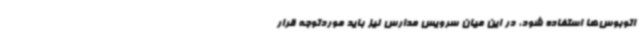
اتوبوس‌ها استفاده شود، در این میان سرویس مدارس نیز باید موردتوجه قرار